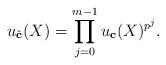
LaTeX: \begin{align*}u_{ \tilde{ \mathbf c}}(X)=\prod\limits_{j=0}^{m-1}u_{\mathbf c}(X)^{p^j}. \end{align*}